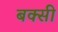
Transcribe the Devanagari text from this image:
बक्सी